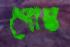
পোস্ত